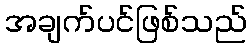
အချက်ပင်ဖြစ်သည်